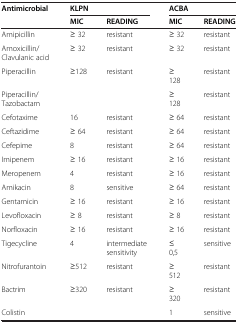
<table><thead><tr><td><b>Antimicrobial</b></td><td colspan="2"><b>KLPN</b></td><td colspan="2"><b>ACBA</b></td></tr><tr><td><b> </b></td><td><b>MIC</b></td><td><b>READING</b></td><td><b>MIC</b></td><td><b>READING</b></td></tr></thead><tbody><tr><td>Amipicillin</td><td>≥ 32</td><td>resistant</td><td>≥ 32</td><td>resistant</td></tr><tr><td>Amoxicillin/Clavulanic acid</td><td>≥ 32</td><td>resistant</td><td>≥ 32</td><td>resistant</td></tr><tr><td>Piperacillin</td><td>≥128</td><td>resistant</td><td>≥ 128</td><td>resistant</td></tr><tr><td>Piperacillin/Tazobactam</td><td> </td><td> </td><td>≥ 128</td><td>resistant</td></tr><tr><td>Cefotaxime</td><td>16</td><td>resistant</td><td>≥ 64</td><td>resistant</td></tr><tr><td>Ceftazidime</td><td>≥ 64</td><td>resistant</td><td>≥ 64</td><td>resistant</td></tr><tr><td>Cefepime</td><td>8</td><td>resistant</td><td>≥ 64</td><td>resistant</td></tr><tr><td>Imipenem</td><td>≥ 16</td><td>resistant</td><td>≥ 16</td><td>resistant</td></tr><tr><td>Meropenem</td><td>4</td><td>resistant</td><td>≥ 16</td><td>resistant</td></tr><tr><td>Amikacin</td><td>8</td><td>sensitive</td><td>≥ 64</td><td>resistant</td></tr><tr><td>Gentamicin</td><td>≥ 16</td><td>resistant</td><td>≥ 16</td><td>resistant</td></tr><tr><td>Levofloxacin</td><td>≥ 8</td><td>resistant</td><td>≥ 8</td><td>resistant</td></tr><tr><td>Norfloxacin</td><td>≥ 16</td><td>resistant</td><td>≥ 16</td><td>resistant</td></tr><tr><td>Tigecycline</td><td>4</td><td>intermediate sensitivity</td><td>≤ 0,5</td><td>sensitive</td></tr><tr><td>Nitrofurantoin</td><td>≥512</td><td>resistant</td><td>≥ 512</td><td>resistant</td></tr><tr><td>Bactrim</td><td>≥320</td><td>resistant</td><td>≥ 320</td><td>resistant</td></tr><tr><td>Colistin</td><td> </td><td> </td><td>1</td><td>sensitive</td></tr></tbody></table>